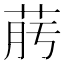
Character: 𦯟